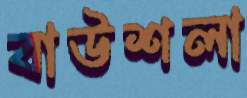
বাউশলা